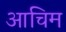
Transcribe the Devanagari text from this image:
आचिम